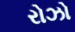
રોઝો